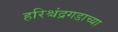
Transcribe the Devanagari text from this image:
हरिश्चंद्रगडाच्या